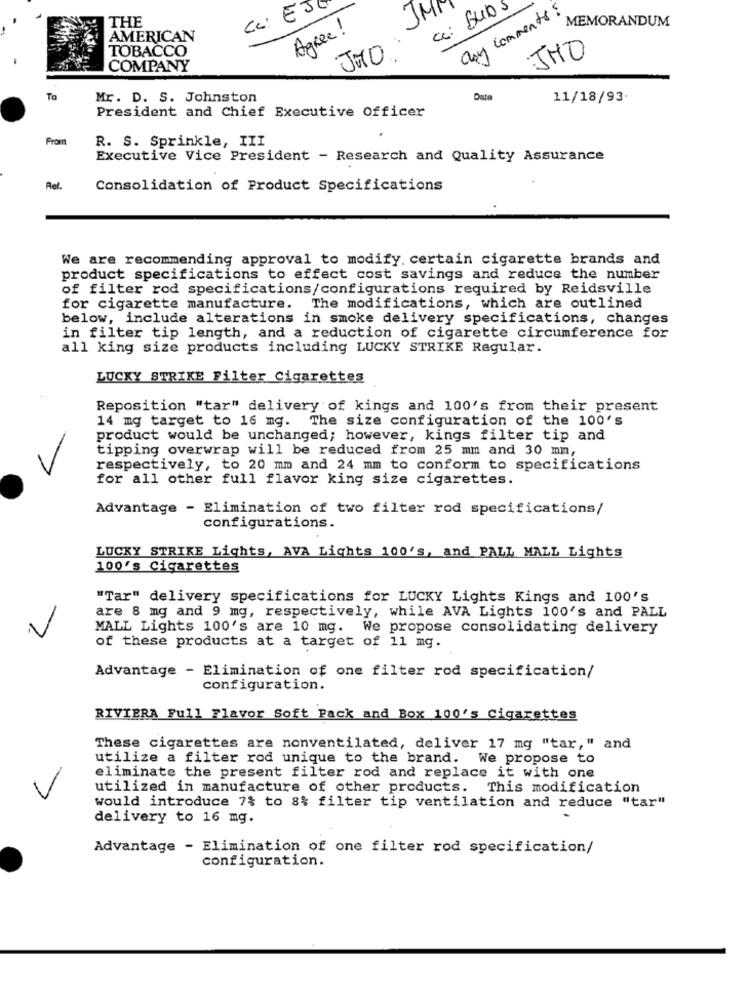
Cc: EJO
JM
a: SUAS
any comments ?
THE
MEMORANDUM
Agree !
AMERICAN
TOBACCO
JMO
JHO
COMPANY
To
Mr. D. S. Johnston
Date
11/18/93.
President and Chief Executive Officer
From
R. S. Sprinkle, III
Executive Vice President - Research and Quality Assurance
Ref.
Consolidation of Product Specifications
We are recommending approval to modify. certain cigarette brands and
product specifications to effect cost savings and reduce the number
of filter rod specifications/configurations required by Reidsville
for cigarette manufacture.
The modifications, which are outlined
below, include alterations in smoke delivery specifications, changes
in filter tip length, and a reduction of cigarette circumference for
all king size products including LUCKY STRIKE Regular.
LUCKY STRIKE Filter Cigarettes
Reposition "tar" delivery of kings and 100's from their present
14 mg target to 16 mg. The size configuration of the 100's
product would be unchanged; however, kings filter tip and
tipping overwrap will be reduced from 25 mm and 30 mm,
respectively, to 20 mm and 24 mm to conform to specifications
for all other full flavor king size cigarettes.
Advantage - Elimination of two filter rod specifications/
configurations.
LUCKY STRIKE Lights, AVA Lights 100's, and PALL MALL Lights
100's Cigarettes
"Tar" delivery specifications for LUCKY Lights Kings and 100's
are 8 mg and 9 mg, respectively, while AVA Lights 100's and PALL
MALL Lights 100's are 10 mg. We propose consolidating delivery
of these products at a target of 11 mg.
Advantage - Elimination of one filter rod specification/
configuration.
RIVIERA Full Flavor Soft Pack and Box 100's cigarettes
These cigarettes are nonventilated, deliver 17 mg "tar," and
utilize a filter rod unique to the brand.
We propose to
eliminate the present filter rod and replace it with one
utilized in manufacture of other products.
This modification
would introduce 7% to 8% filter tip ventilation and reduce "tar"
delivery to 16 mg.
Advantage - Elimination of one filter rod specification/
configuration.